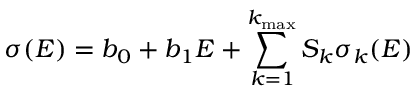
\sigma ( E ) = b _ { 0 } + b _ { 1 } E + \sum _ { k = 1 } ^ { k _ { \mathrm { m a x } } } S _ { k } \sigma _ { k } ( E )